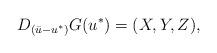
LaTeX: \begin{align*} D_{(\bar u - u^*)} G (u^*) = (X,Y,Z), \end{align*}